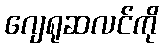
ဂျေရုဆလင်ကို